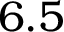
6 . 5